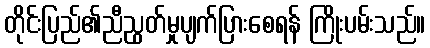
တိုင်းပြည်၏ညီညွတ်မှုပျက်ပြားစေရန် ကြိုးပမ်းသည်။